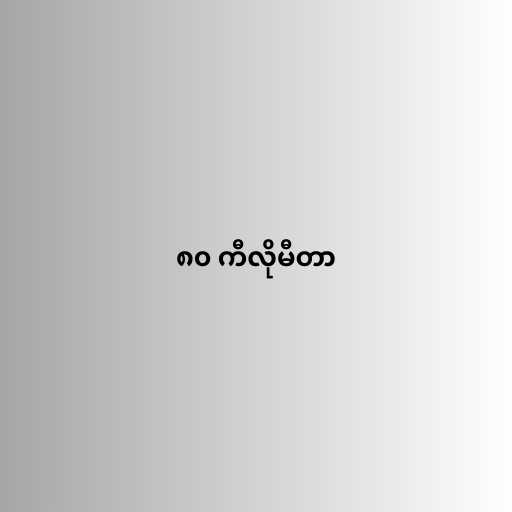
၈၀ ကီလိုမီတာ